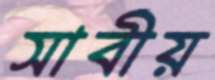
সার্বীয়